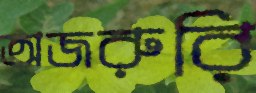
অজরুরি